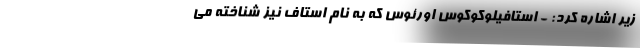
زیر اشاره کرد: - استافیلوکوکوس اورئوس که به نام استاف نیز شناخته می